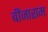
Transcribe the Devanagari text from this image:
बींजाराम